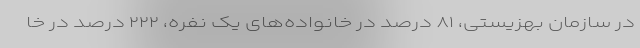
در سازمان بهزیستی، ۸۱ درصد در خانواده‌های یک نفره، ۲۲۲ درصد در خا